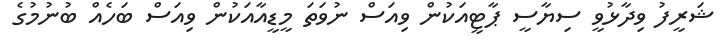
ޝަރީފު ވިދާޅުވީ ސިޔާސީ ޕާޓީއަކުން ވިއަސް ނުވަތަ މީޑީއާއަކުން ވިއަސް ބަހެއް ބުނުމުގެ